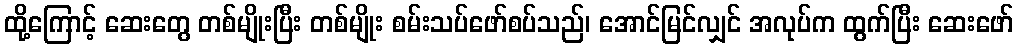
ထို့ကြောင့် ဆေးတွေ တစ်မျိုးပြီး တစ်မျိုး စမ်းသပ်ဖော်စပ်သည်၊ အောင်မြင်လျှင် အလုပ်က ထွက်ပြီး ဆေးဖော်